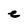
Character: e